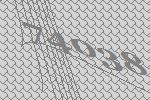
74038